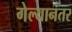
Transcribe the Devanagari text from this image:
गेल्‍यानंतर